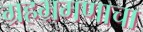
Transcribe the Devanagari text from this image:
ग्रहभ्रमणाचा